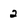
Character: 2